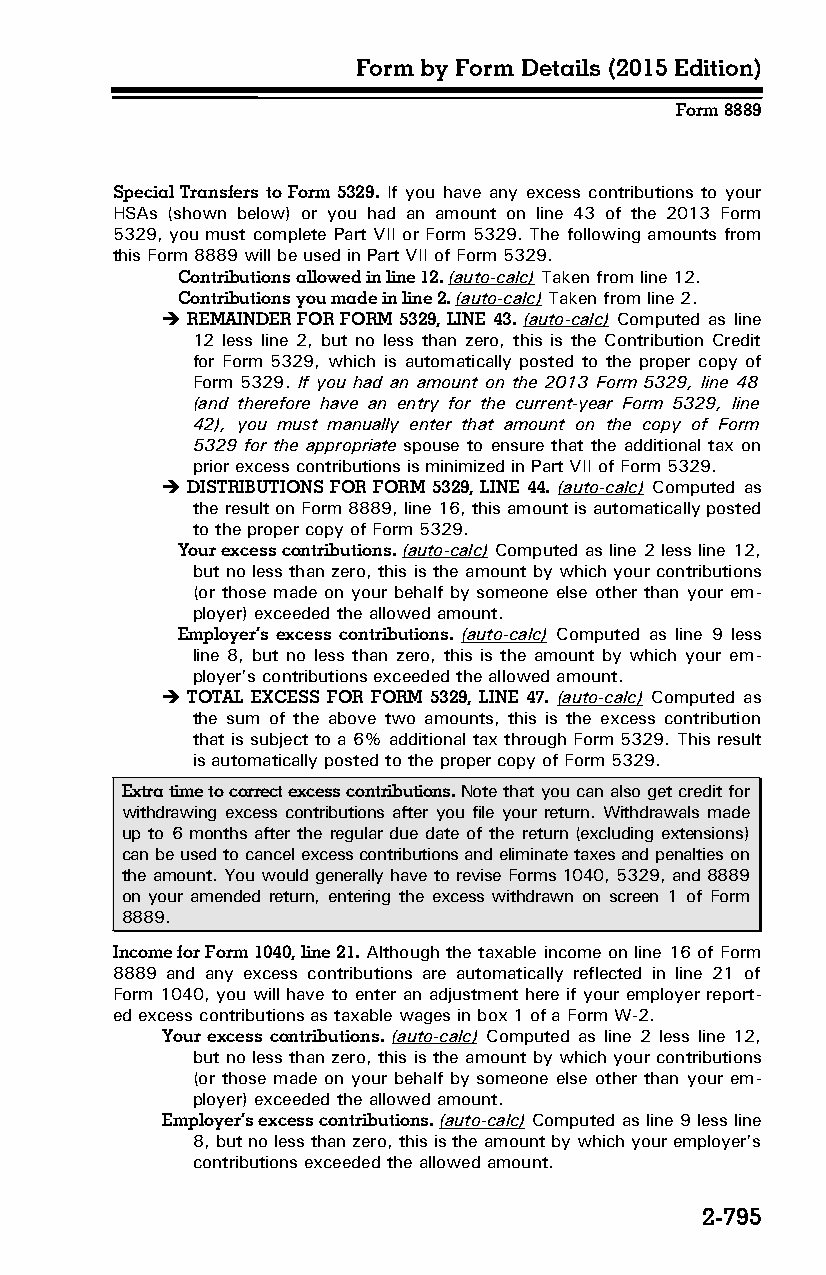
Form by Form Details (2015 Edition)
 Form 8889
 Special Transfers to Form 5329. If you have any excess contributions to your
 HSAs (shown below) or you had an amount on line 43 of the 2013 Form
 5329, you must complete Part VII or Form 5329. The following amounts from
 this Form 8889 will be used in Part VII of Form 5329.
 Contributions allowed in line 12. (auto-calc) Taken from line 12.
 Contributions you made in line 2. (auto-calc) Taken from line 2.
  REMAINDER FOR FORM 5329, LINE 43. (auto-calc) Computed as line
 12 less line 2, but no less than zero, this is the Contribution Credit
 for Form 5329, which is automatically posted to the proper copy of
 Form 5329. If you had an amount on the 2013 Form 5329, line 48
 (and therefore have an entry for the current-year Form 5329, line
 42), you must manually enter that amount on the copy of Form
 5329 for the appropriate spouse to ensure that the additional tax on
 prior excess contributions is minimized in Part VII of Form 5329.
  DISTRIBUTIONS FOR FORM 5329, LINE 44. (auto-calc) Computed as
 the result on Form 8889, line 16, this amount is automatically posted
 to the proper copy of Form 5329.
 Your excess contributions. (auto-calc) Computed as line 2 less line 12,
 but no less than zero, this is the amount by which your contributions
 (or those made on your behalf by someone else other than your em­
 ployer) exceeded the allowed amount.
 Employer’s excess contributions. (auto-calc) Computed as line 9 less
 line 8, but no less than zero, this is the amount by which your em­
 ployer’s contributions exceeded the allowed amount.
  TOTAL EXCESS FOR FORM 5329, LINE 47. (auto-calc) Computed as
 the sum of the above two amounts, this is the excess contribution
 that is subject to a 6% additional tax through Form 5329. This result
 is automatically posted to the proper copy of Form 5329.
 Extra time to correct excess contributions. Note that you can also get credit for
 withdrawing excess contributions after you file your return. Withdrawals made
 up to 6 months after the regular due date of the return (excluding extensions)
 can be used to cancel excess contributions and eliminate taxes and penalties on
 the amount. You would generally have to revise Forms 1040, 5329, and 8889
 on your amended return, entering the excess withdrawn on screen 1 of Form
 8889.
 Income for Form 1040, line 21. Although the taxable income on line 16 of Form
 8889 and any excess contributions are automatically reflected in line 21 of
 Form 1040, you will have to enter an adjustment here if your employer report­
 ed excess contributions as taxable wages in box 1 of a Form W-2.
 Your excess contributions. (auto-calc) Computed as line 2 less line 12,
 but no less than zero, this is the amount by which your contributions
 (or those made on your behalf by someone else other than your em­
 ployer) exceeded the allowed amount.
 Employer’s excess contributions. (auto-calc) Computed as line 9 less line
 8, but no less than zero, this is the amount by which your employer’s
 contributions exceeded the allowed amount.
 2-795